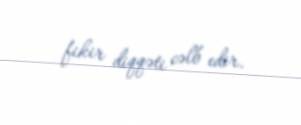
fikir diqqəti cəlb edir.